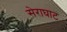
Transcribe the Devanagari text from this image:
सेराघाट